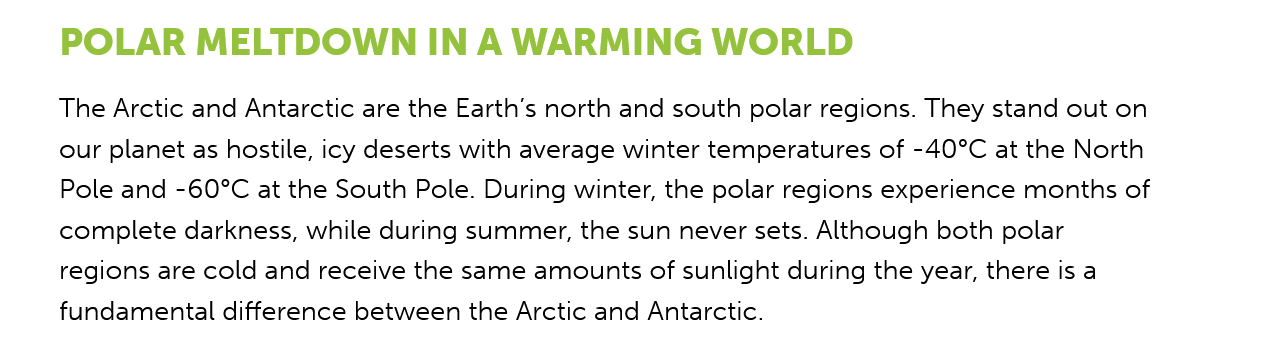
POLAR    MELTDOWN    IN    A WARMING    WORLD
     The Arctic and Antarctic are the Earth's north and south polar regions. They stand out on
     our planet as hostile, icy deserts with average winter temperatures of -40°C at the North
     Pole and -60°C at the South Pole. During winter, the polar regions experience months of
     complete darkness, while during summer, the sun never sets. Although both polar
     regions are cold and receive the same amounts of sunlight during the year, there is a
     fundamental difference between the Arctic and Antarctic.